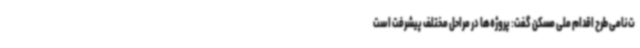
ت‌نامی طرح اقدام ملی مسکن گفت: پروژه‌ها در مراحل مختلف پیشرفت است